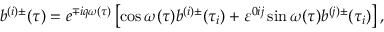
b ^ { ( i ) \pm } ( \tau ) = e ^ { \mp i q \omega ( \tau ) } \left[ \cos \omega ( \tau ) b ^ { ( i ) \pm } ( \tau _ { i } ) + \varepsilon ^ { 0 i j } \sin \omega ( \tau ) b ^ { ( j ) \pm } ( \tau _ { i } ) \right] ,